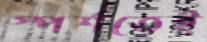
স্পর্শতেই